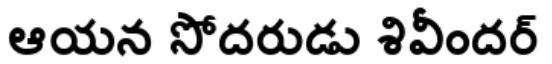
ఆయన సోదరుడు శివీందర్